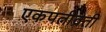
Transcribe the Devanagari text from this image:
एकपत्नीव्रती